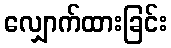
လျှောက်ထားခြင်း